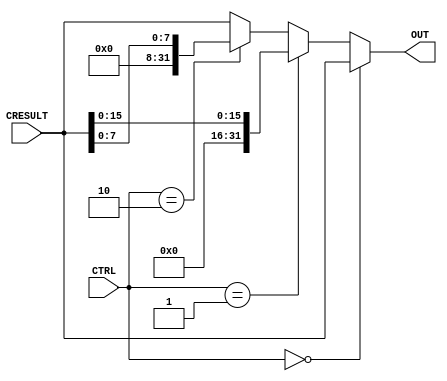
// CRESULT = Mudana de resultado (32 bits de entrada), CTRL = Sinal de controle (2 bits de entrada)
// OUT = Sada (32 bits de sada)
module Load(
    input wire [31:0] CRESULT, input wire [1:0] CTRL, 
    output reg [31:0] OUT 
   
);

always @ (*) begin
    OUT = (CTRL == 2'b00) ? CRESULT :
           (CTRL == 2'b01) ? {16'b0, CRESULT[15:0]} :
           (CTRL == 2'b10) ? {24'b0, CRESULT[7:0]} :
                             CRESULT;
end

endmodule